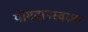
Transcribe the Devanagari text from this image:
योगदानस्वरुप